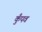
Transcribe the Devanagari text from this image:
कुँपव